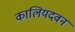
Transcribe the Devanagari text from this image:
कालियदवन